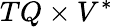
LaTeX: TQ\times V^{*}